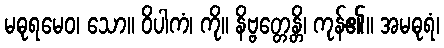
မဓုရမေဝ၊ သော။ ဝိပါကံ၊ ကို။ နိဗ္ဗတ္တေန္တိ၊ ကုန်၏။ အမဓုရံ၊